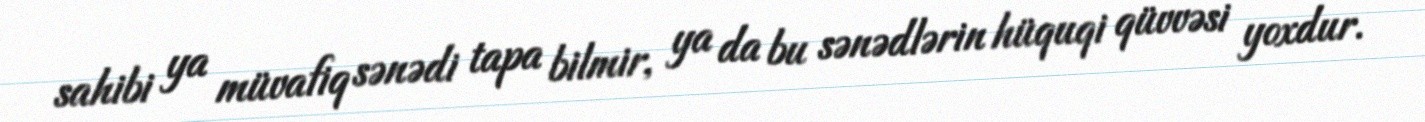
sahibi ya müvafiq sənədi tapa bilmir, ya da bu sənədlərin hüquqi qüvvəsi yoxdur.